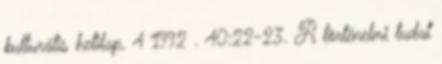
kulturális hetilap. 4 1992 . 40:22-23. A történelmi tudat